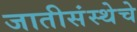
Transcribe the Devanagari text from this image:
जातीसंस्थेचे